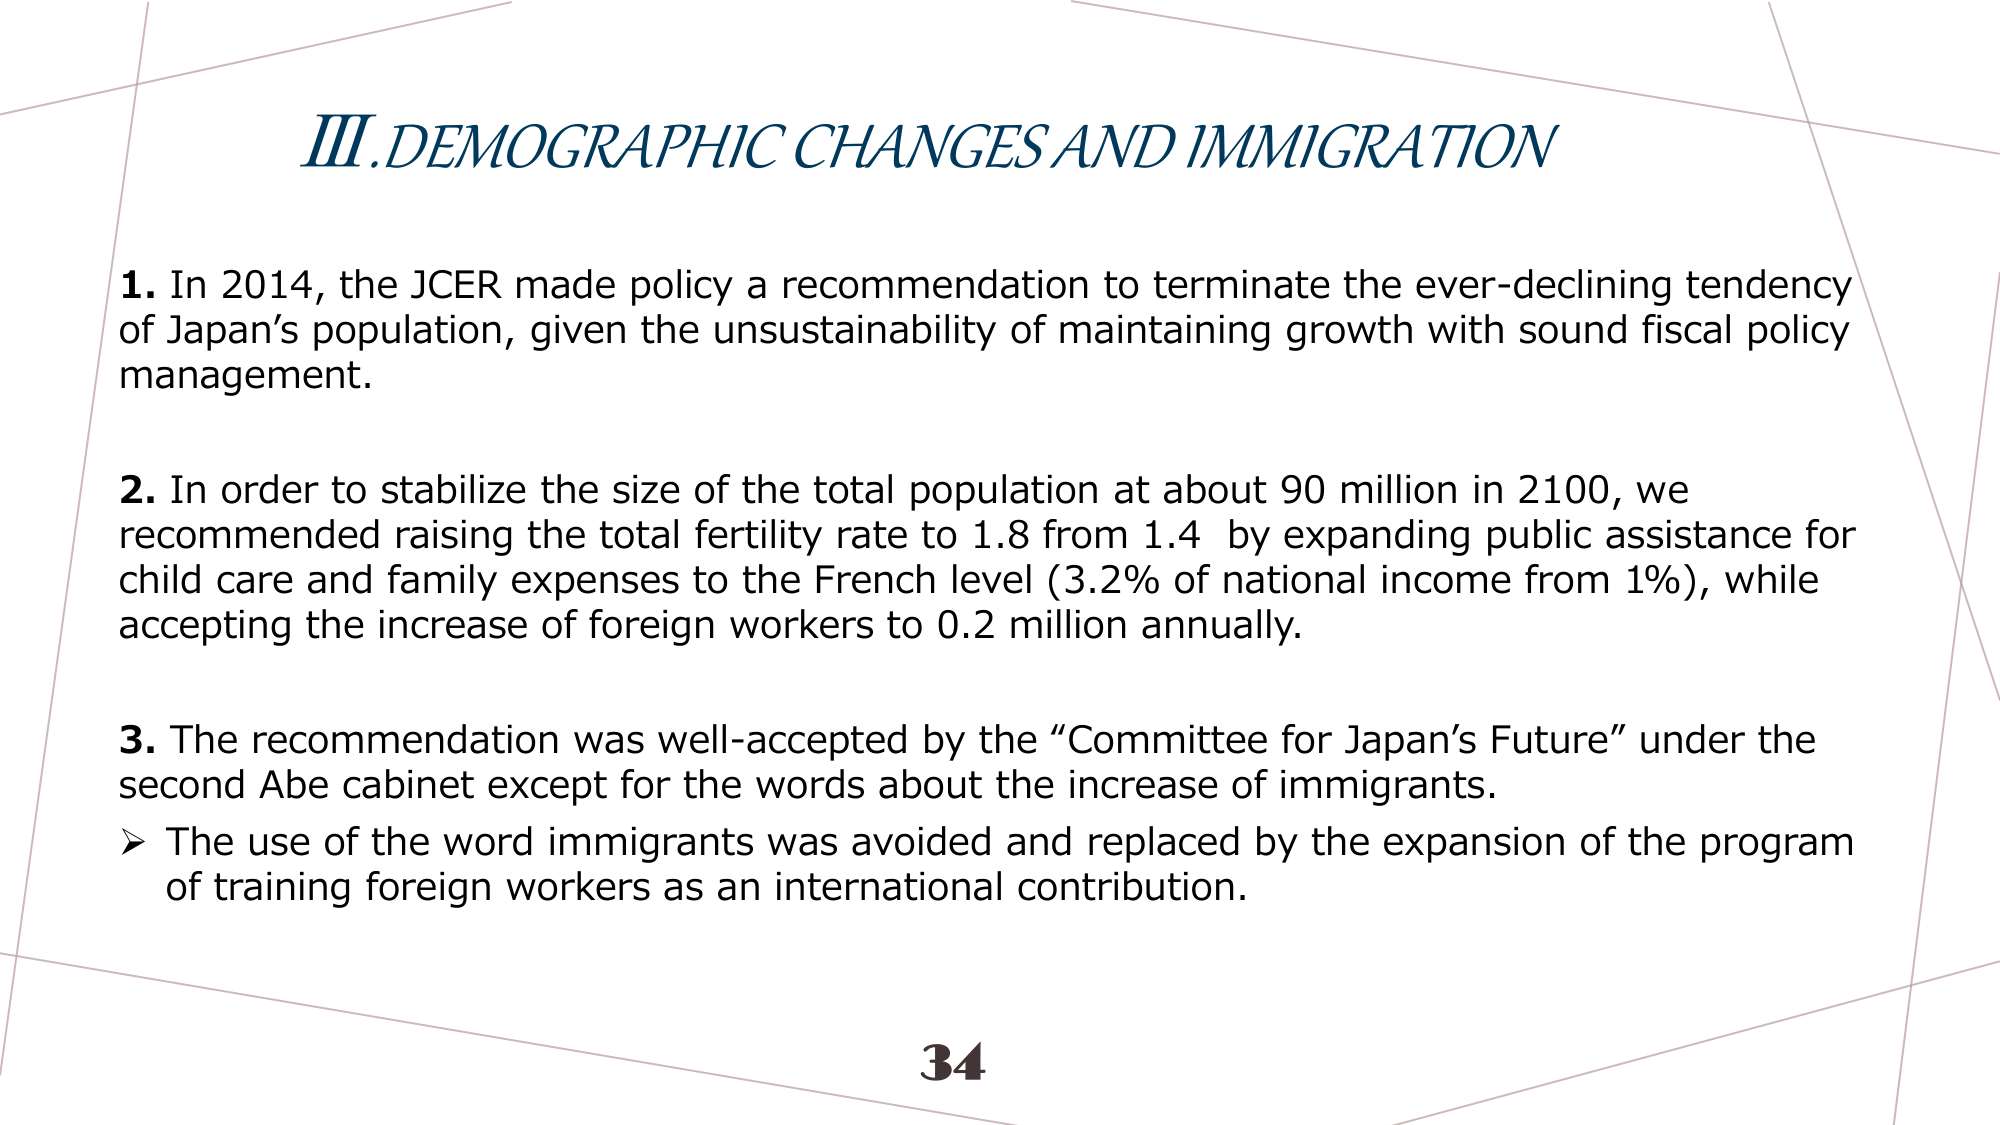
III. DEMOGRAPHIC CHANGES AND IMMIGRATION

1. In 2014, the JCER made policy a recommendation to terminate the ever-declining tendency of Japan’s population, given the unsustainability of maintaining growth with sound fiscal policy management.

2. In order to stabilize the size of the total population at about 90 million in 2100, we recommended raising the total fertility rate to 1.8 from 1.4 by expanding public assistance for child care and family expenses to the French level (3.2% of national income from 1%), while accepting the increase of foreign workers to 0.2 million annually.

3. The recommendation was well-accepted by the “Committee for Japan’s Future” under the second Abe cabinet except for the words about the increase of immigrants.
➤ The use of the word immigrants was avoided and replaced by the expansion of the program of training foreign workers as an international contribution.

34